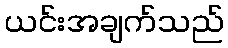
ယင်းအချက်သည်